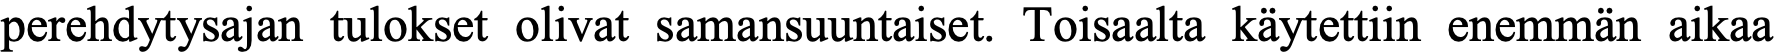
perehdytysajan tulokset olivat samansuuntaiset. Toisaalta käytettiin enemmän aikaa